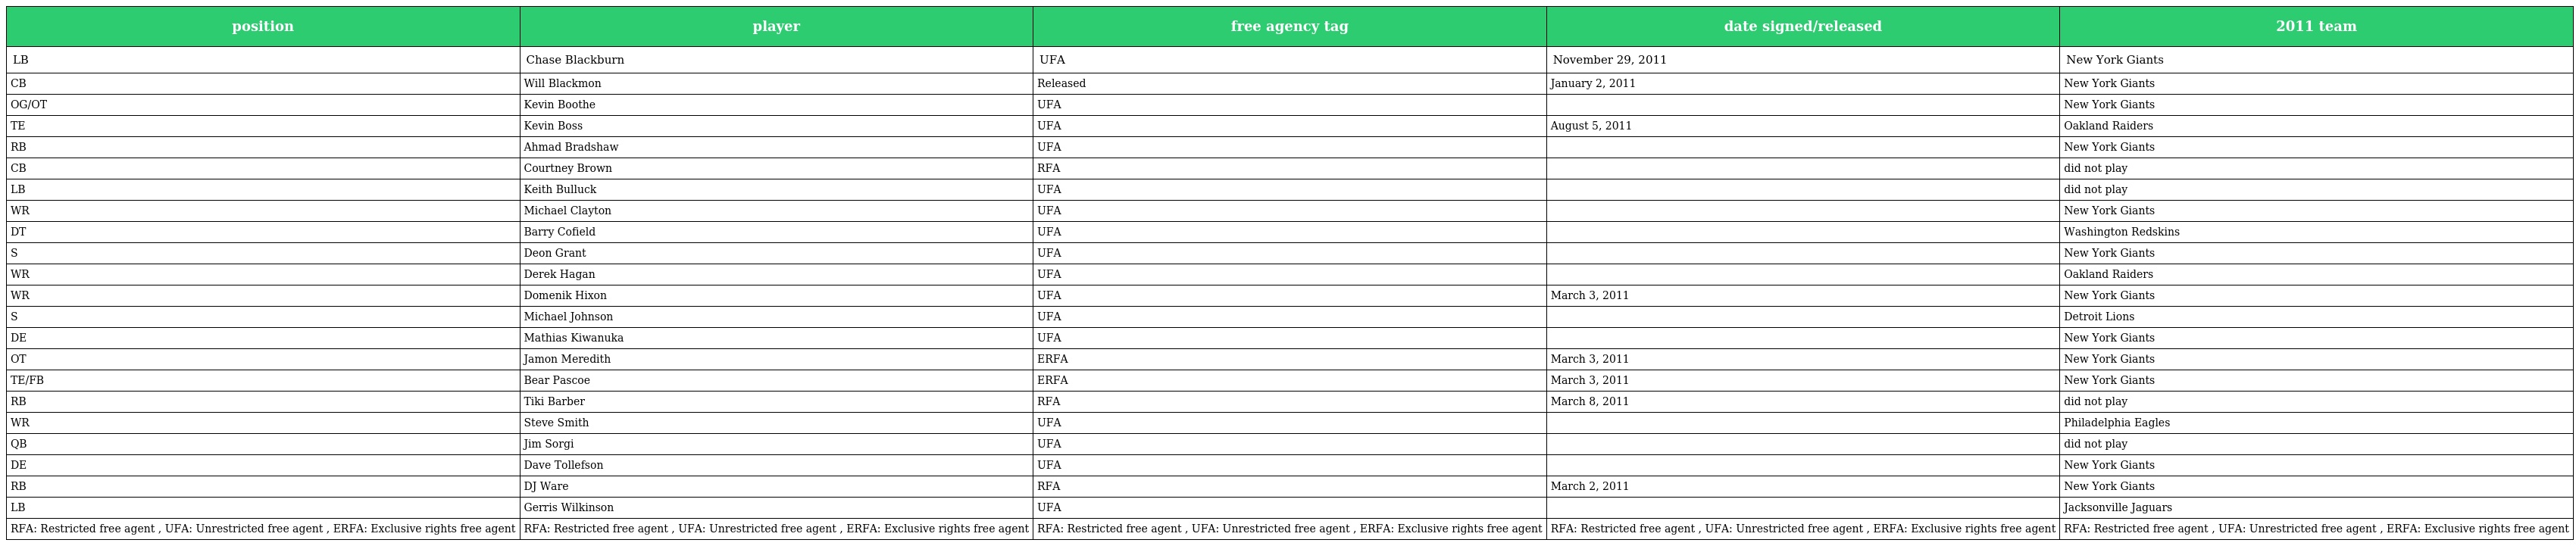
| position | player | free agency tag | date signed/released | 2011 team |
 | --- | --- | --- | --- | --- |
 | LB | Chase Blackburn | UFA | November 29, 2011 | New York Giants |
 | CB | Will Blackmon | Released | January 2, 2011 | New York Giants |
 | OG/OT | Kevin Boothe | UFA |  | New York Giants |
 | TE | Kevin Boss | UFA | August 5, 2011 | Oakland Raiders |
 | RB | Ahmad Bradshaw | UFA |  | New York Giants |
 | CB | Courtney Brown | RFA |  | did not play |
 | LB | Keith Bulluck | UFA |  | did not play |
 | WR | Michael Clayton | UFA |  | New York Giants |
 | DT | Barry Cofield | UFA |  | Washington Redskins |
 | S | Deon Grant | UFA |  | New York Giants |
 | WR | Derek Hagan | UFA |  | Oakland Raiders |
 | WR | Domenik Hixon | UFA | March 3, 2011 | New York Giants |
 | S | Michael Johnson | UFA |  | Detroit Lions |
 | DE | Mathias Kiwanuka | UFA |  | New York Giants |
 | OT | Jamon Meredith | ERFA | March 3, 2011 | New York Giants |
 | TE/FB | Bear Pascoe | ERFA | March 3, 2011 | New York Giants |
 | RB | Tiki Barber | RFA | March 8, 2011 | did not play |
 | WR | Steve Smith | UFA |  | Philadelphia Eagles |
 | QB | Jim Sorgi | UFA |  | did not play |
 | DE | Dave Tollefson | UFA |  | New York Giants |
 | RB | DJ Ware | RFA | March 2, 2011 | New York Giants |
 | LB | Gerris Wilkinson | UFA |  | Jacksonville Jaguars |
 | RFA: Restricted free agent , UFA: Unrestricted free agent , ERFA: Exclusive rights free agent | RFA: Restricted free agent , UFA: Unrestricted free agent , ERFA: Exclusive rights free agent | RFA: Restricted free agent , UFA: Unrestricted free agent , ERFA: Exclusive rights free agent | RFA: Restricted free agent , UFA: Unrestricted free agent , ERFA: Exclusive rights free agent | RFA: Restricted free agent , UFA: Unrestricted free agent , ERFA: Exclusive rights free agent |